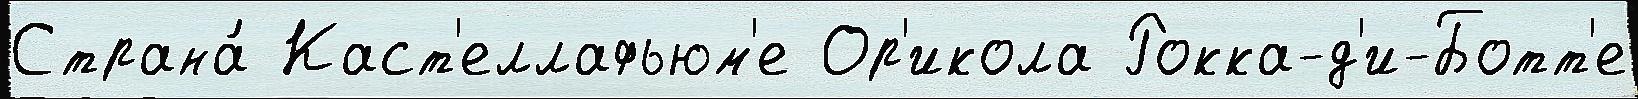
Страна́ Каст'еллафьюм'е Ор'икола Рокка-д'и-Ботт'е